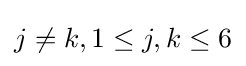
j\neq k,1\leq j,k\leq 6